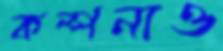
কল্পনাও